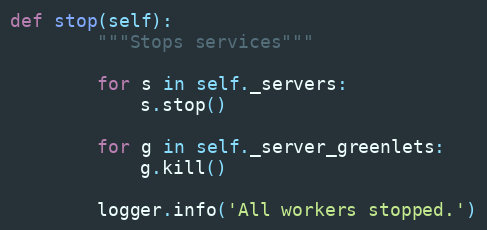
Language: Python
def stop(self):
        """Stops services"""

        for s in self._servers:
            s.stop()

        for g in self._server_greenlets:
            g.kill()

        logger.info('All workers stopped.')